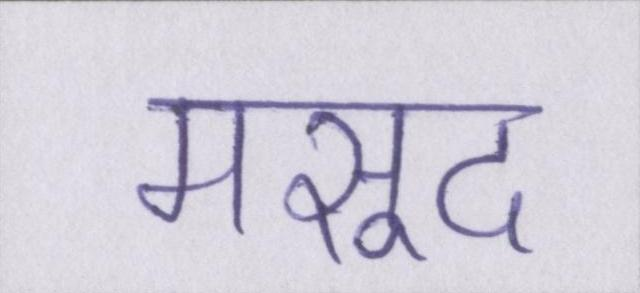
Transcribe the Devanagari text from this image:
मसूद